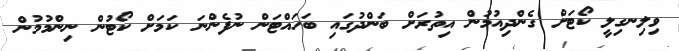
ވިލިނގިލީ ކޯޓަށް ގެންދިއުމުން އިތުރަށް ބަންދުގައި ބަހައްޓަން ނުފެންނަ ކަމަށް ކޯޓުން ނިންމުމުން